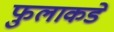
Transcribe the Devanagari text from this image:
फुलाकडे